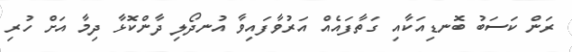
ރަން ކަސަބު ބޮނޑިއަކާއި ގަތާފައެއް އަރުވާފައިވާ އުނދޯލި ދާންކޮޅާ ދިމާ އަށް ހުރި